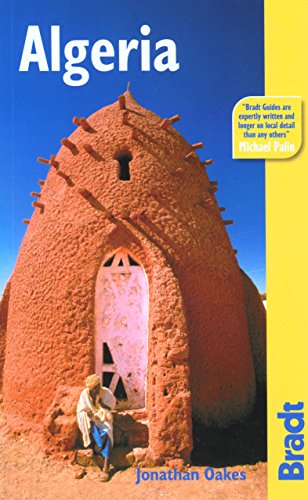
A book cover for Algeria (Bradt Travel Guide); Johathan Oakes; Travel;